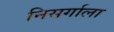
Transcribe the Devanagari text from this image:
निसर्गाला